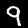
Digit: 9